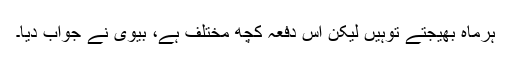
ہرماہ بھیجتے توہیں لیکن اس دفعہ کچھ مختلف ہے، بیوی نے جواب دیا۔